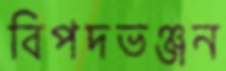
বিপদভঞ্জন